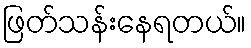
ဖြတ်သန်းနေရတယ်။